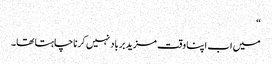
“
میں اب اپنا وقت مزید برباد نہیں کرنا چاہتا تھا۔